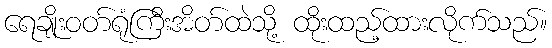
ရေချိုးဝတ်ရုံကြီးအိတ်ထဲသို့ ထိုးထည့်ထားလိုက်သည်။